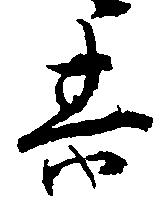
其